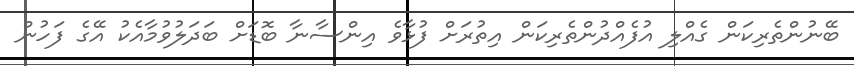
ބޭނުންތެރިކަން ގެއްލި އުފެއްދުންތެރިކަން އިތުރަށް ފުޅާވެ އިންސާނާ ބޮޑަށް ބަދަލުވުމާއެކު އޭގެ ފަހުން